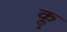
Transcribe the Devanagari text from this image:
कॣ